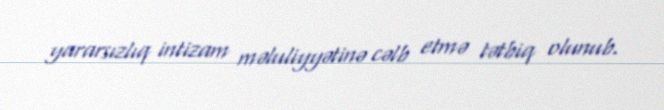
yararsızlıq intizam məluliyyətinə cəlb etmə tətbiq olunub.